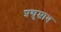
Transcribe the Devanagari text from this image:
प्रद्युम्नाय